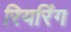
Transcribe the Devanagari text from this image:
रियरिंग